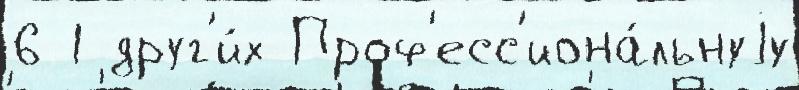
6 1 друг'и́х Проф'есс'иона́льнуjу